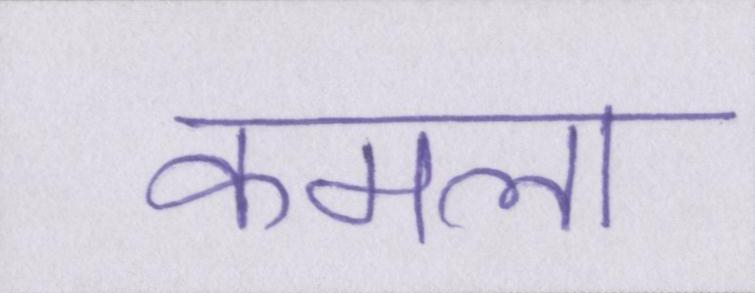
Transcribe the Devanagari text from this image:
कमला